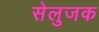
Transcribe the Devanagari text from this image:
सेलुजक